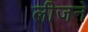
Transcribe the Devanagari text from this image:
लीजने